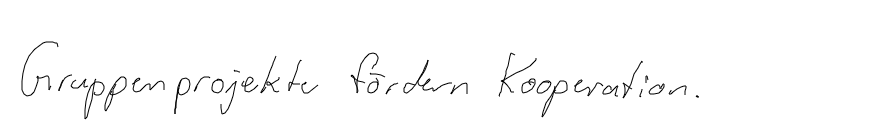
Gruppenprojekte fördern Kooperation.